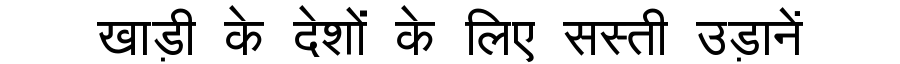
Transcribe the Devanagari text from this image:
खाड़ी के देशों के लिए सस्ती उड़ानें